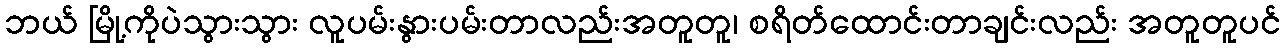
ဘယ် မြို့ကိုပဲသွားသွား လူပမ်းနွားပမ်းတာလည်းအတူတူ၊ စရိတ်ထောင်းတာချင်းလည်း အတူတူပင်